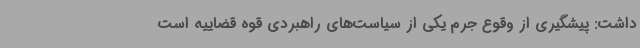
داشت: پیشگیری از وقوع جرم یکی از سیاست‌های راهبردی قوه قضاییه است